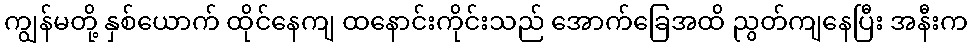
ကျွန်မတို့ နှစ်ယောက် ထိုင်နေကျ ထနောင်းကိုင်းသည် အောက်ခြေအထိ ညွတ်ကျနေပြီး အနီးက